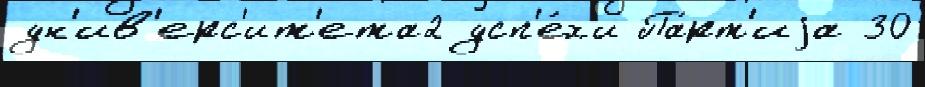
ун'ив'ерс'ит'ета2 усп'е́х'и Па́рт'иjа 30